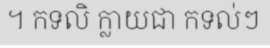
។ កទលិ ក្លាយជា កទល់ៗ